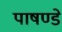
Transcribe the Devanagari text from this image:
पाषण्डे